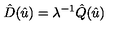
\hat { D } ( \hat { u } ) = \lambda ^ { - 1 } \hat { Q } ( \hat { u } )